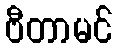
ဗီတာမင်